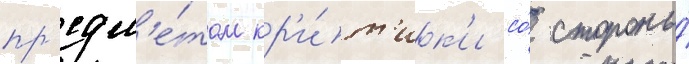
пр'едм'е́том кр'и́т'ик'и со́ стороны́